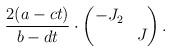
LaTeX: \begin{align*} \frac{2 (a-ct)}{b-dt} \cdot \begin{pmatrix} - J_2 & \\ & J \end{pmatrix}.\end{align*}